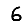
Digit: 6